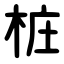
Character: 桩